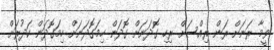
ވީމާ ރަނަށް ރަން ރިއްސަށް ރިހި ގޮދަނަށް ގޮދަން ހިމަގޮދަނަށް ހިމަގޮދަން ކަދުރަށް